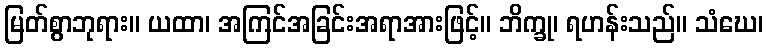
မြတ်စွာဘုရား။ ယထာ၊ အကြင်အခြင်းအရာအားဖြင့်။ ဘိက္ခု၊ ရဟန်းသည်။ သံဃေ၊